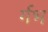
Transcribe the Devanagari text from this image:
र्गभ